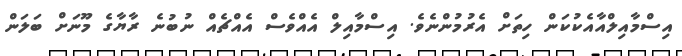
އިސްމާއިލްއާއެކުކަން ހިތަށް އެރުމުންނެވެ. އިސްމާއިލް އެއްވެސް އެއްޗެއް ނުބުނެ ރާޔާގެ މޫނަށް ބަލަން